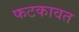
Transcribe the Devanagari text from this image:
फटकावत